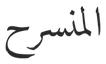
المنسرح